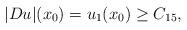
LaTeX: \begin{align*}|Du|(x_0)=u_1(x_0) \ge C_{15},\end{align*}